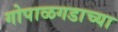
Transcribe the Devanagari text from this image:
गोपाळगडाच्या